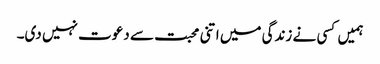
ہمیں کسی نے زندگی میں اتنی محبت سے دعوت نہیں دی۔